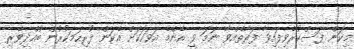
މިކަން ފަސްކުރެވިފައިވާ ފަރާތެއްވާ ނަމަ ވީ އެންމެ އަވަހަކަށް އެކަން ފުރިހަމަކުރުން ބުއްދިވެރި